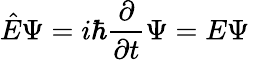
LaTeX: {\hat{E}}\Psi=i\hbar{\frac{\partial}{\partial t}}\Psi=E\Psi\,